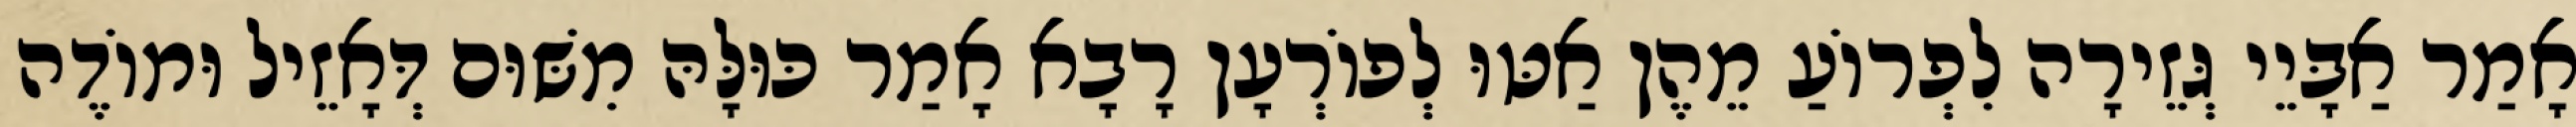
אָמַר אַבָּיֵי גְּזֵירָה לִפְרוֹעַ מֵהֶן אַטּוּ לְפוֹרְעָן רָבָא אָמַר כּוּלָּהּ מִשּׁוּם דְּאָזֵיל וּמוֹדֶה